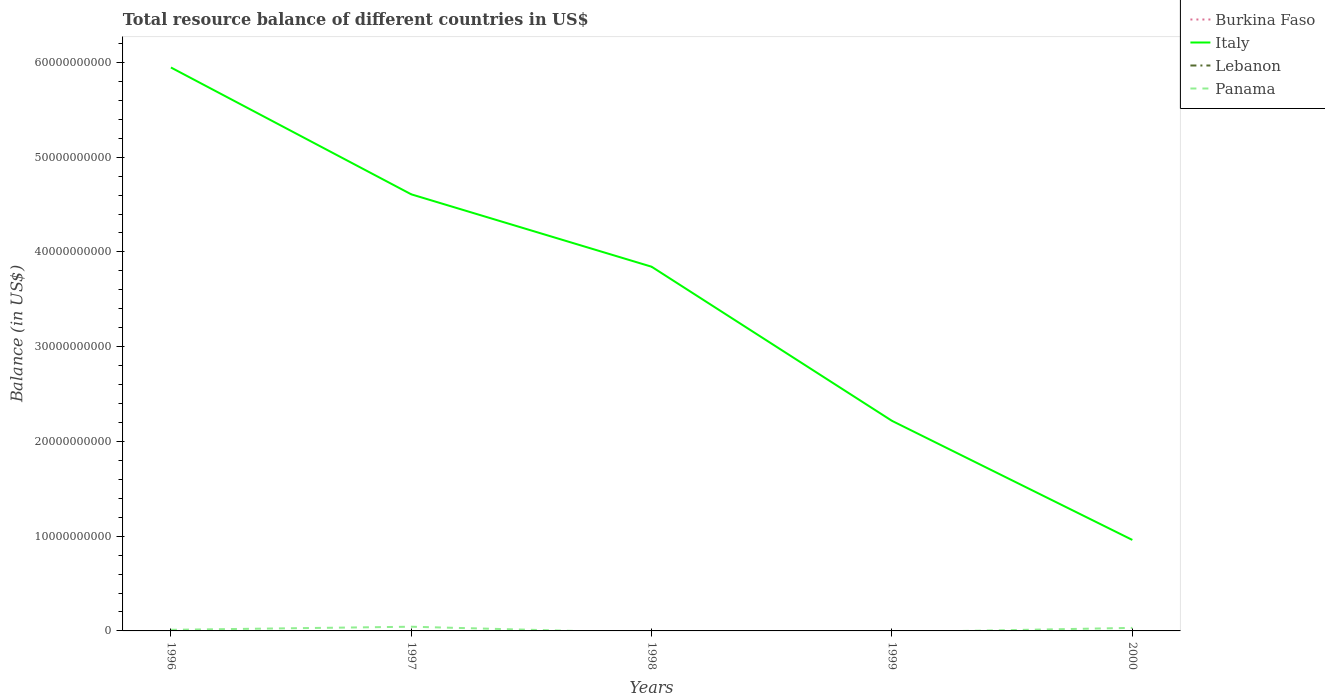
| Years | Burkina Faso | Italy | Lebanon | Panama |
 | --- | --- | --- | --- | --- |
 | 1996 | -4.41e+08 | 5.95e+10 | -5.81e+09 | 1.17e+08 |
 | 1997 | -3.87e+08 | 4.61e+10 | -5.2e+09 | 4.44e+08 |
 | 1998 | -4.3e+08 | 3.84e+10 | -4.69e+09 | -2.11e+08 |
 | 1999 | -4.42e+08 | 2.22e+10 | -3.95e+09 | -1.37e+08 |
 | 2000 | -4.07e+08 | 9.6e+09 | -3.76e+09 | 3.2e+08 |